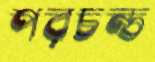
পরচন্ড